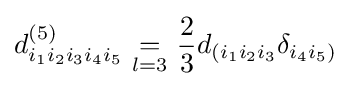
d_{i_{1}i_{2}i_{3}i_{4}i_{5}}^{(5)}\ {\underset {l=3}{=}}\ {\frac {2}{3}}d_{(i_{1}i_{2}i_{3}}\delta _{i_{4}i_{5})}